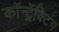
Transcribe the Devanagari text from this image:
कॉन्ट्रॅक्टिंग